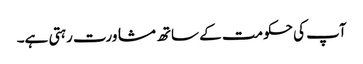
آپ کی حکومت کے ساتھ مشاورت رہتی ہے۔